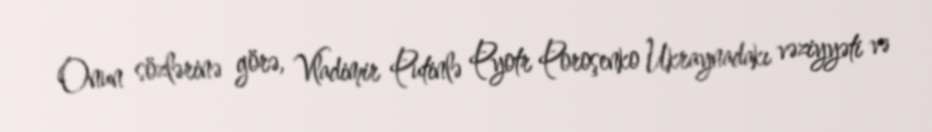
Onun sözlərinə görə, Vladimir Putinlə Pyotr Poroşenko Ukraynadakı vəziyyəti və